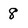
Character: 8